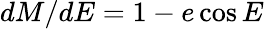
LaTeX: dM/dE=1-e\cos E